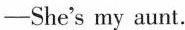
-She's my aunt.